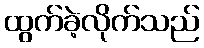
ထွက်ခဲ့လိုက်သည်